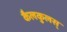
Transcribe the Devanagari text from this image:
कैलकुलस्‌